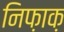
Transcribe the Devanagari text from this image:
निफ़ाक़